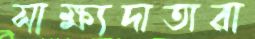
সাক্ষ্যদাতারা